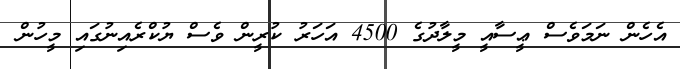
އެހެން ނަމަވެސް ޢީސާއީ މީލާދުގެ 4500 އަހަރު ކުރީން ވެސް ޔުކްރެއިނުގައި މީހުން